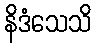
နိဒံသေသိ